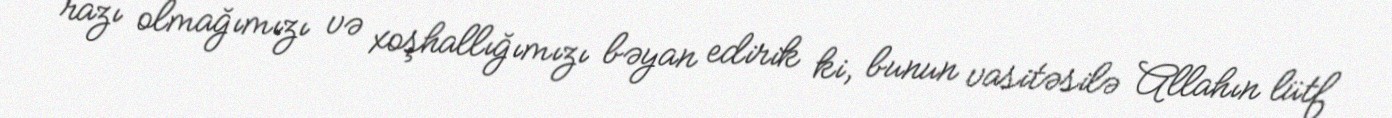
razı olmağımızı və xoşhallığımızı bəyan edirik ki, bunun vasitəsilə Allahın lütf